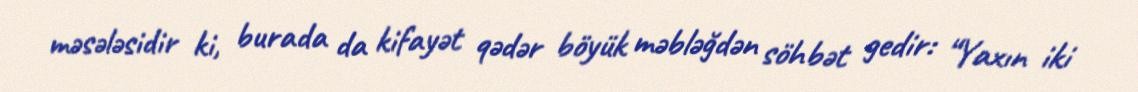
məsələsidir ki, burada da kifayət qədər böyük məbləğdən söhbət gedir: “Yaxın iki